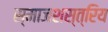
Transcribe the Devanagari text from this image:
स्माजशस्त्रिय